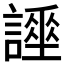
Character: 𧬡